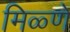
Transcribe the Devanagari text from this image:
मिळ्णे